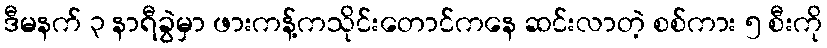
ဒီမနက် ၃ နာရီခွဲမှာ ဖားကန့်ကသိုင်းတောင်ကနေ ဆင်းလာတဲ့ စစ်ကား ၅ စီးကို